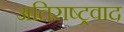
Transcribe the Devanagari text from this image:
अतिराष्ट्रवाद